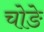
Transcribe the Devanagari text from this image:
चोङे